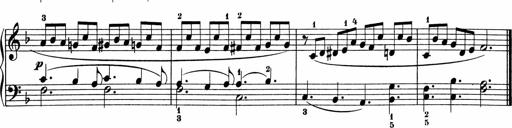
Title: 5 Sonatinen fÃ¼r die Jugend
Composer: Carl Reinecke